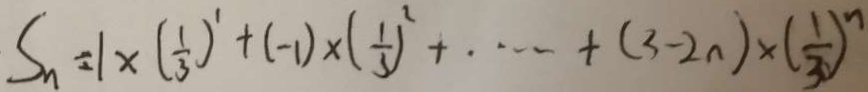
S _ { n } = 1 \times ( \frac { 1 } { 3 } ) ^ { 1 } + ( - 1 ) \times ( \frac { 1 } { 3 } ) ^ { 2 } + \cdots + ( 3 - 2 n ) \times ( \frac { 1 } { 3 } ) ^ { n }